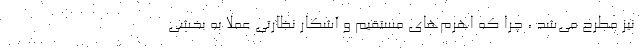
نیز مطرح می‌شد ، چرا که اهرم‌های مستقیم و آشکار نظارتی عملا به بخشی